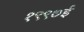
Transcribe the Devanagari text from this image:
१९९७ई